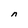
Character: n